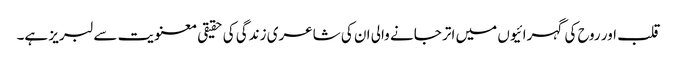
قلب اور روح کی گہرائیوں میں اتر جانے والی ان کی شاعری زندگی کی حقیقی معنویت سے لبریز ہے۔